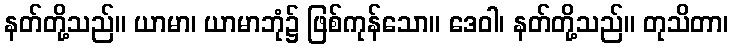
နတ်တို့သည်။ ယာမာ၊ ယာမာဘုံ၌ ဖြစ်ကုန်သော။ ဒေဝါ၊ နတ်တို့သည်။ တုသိတာ၊